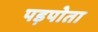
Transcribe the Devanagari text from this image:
पड़पोता